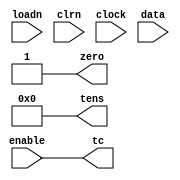
module Contador_mod6 (input wire loadn, clrn, clock, enable, input wire [3:0] data,
                        output wire tc, zero, output reg [3:0] tens);


    always@(negedge clrn)begin
        if(clrn == 0)
            tens = 0;
    end

    initial tens = 0;

    assign zero = (tens == 0)? 1:0;
    assign tc = enable && zero;

    always@(posedge clock) begin
        if(enable == 1)
            if(tens == 0)
                tens <= 5;
            else
                tens <= tens -1;
        else
            begin
                if(loadn == 0)
                    tens <= data;
            end
    end

endmodule